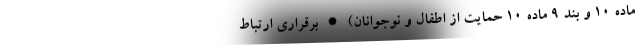
ماده ۱۰ و بند ۹ ماده ۱۰ حمایت از اطفال و نوجوانان) • برقراری ارتباط